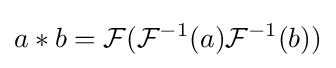
a*b={\mathcal {F}}({\mathcal {F}}^{-1}(a){\mathcal {F}}^{-1}(b))